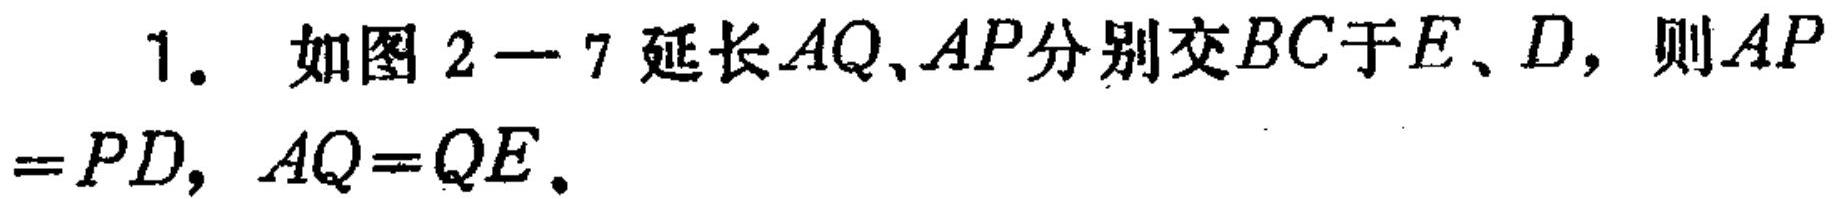
1. 如图 2-7 延长$AQ、AP$分别交$BC$于$E、D$，则$AP = PD$，$AQ = QE$。